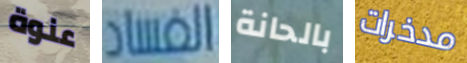
عنوة الفساد بالحانة مدخرات